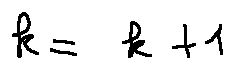
k = k + 1